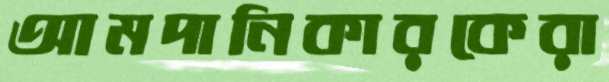
আমদানিকারকেরা